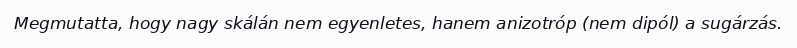
Megmutatta, hogy nagy skálán nem egyenletes, hanem anizotróp (nem dipól) a sugárzás.